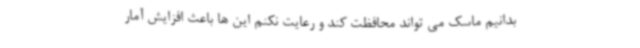
بدانیم ماسک می تواند محافظت کند و رعایت نکنم این ها باعث افزایش آمار